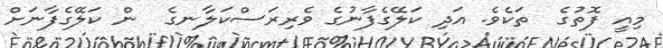
މިއީ ފޮތުގެ  ތަކެވެ. އަދި ކަލޭގެފާނުގެ ވެރިރަސްކަލާނގެ  ން ކަލޭގެފާނަށް